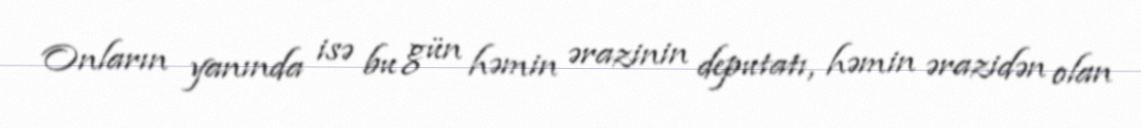
Onların yanında isə bu gün həmin ərazinin deputatı, həmin ərazidən olan